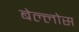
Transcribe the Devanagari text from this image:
बेल्लोस